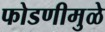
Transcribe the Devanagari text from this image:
फोडणीमुळे